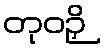
တုဝဉှိ